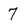
Character: 7